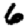
Digit: 6